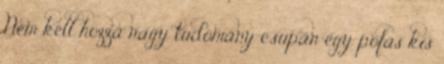
Nem kell hozzá nagy tudomány csupán egy pofás kis